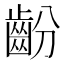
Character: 𱌜